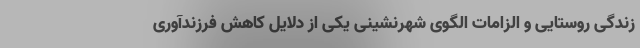
زندگی روستایی و الزامات الگوی شهرنشینی یکی از دلایل کاهش فرزندآوری